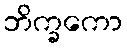
ဘိက္ခကော